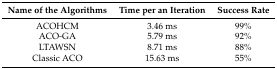
<table><thead><tr><td><b>Name of the Algorithms</b></td><td><b>Time per an Iteration</b></td><td><b>Success Rate</b></td></tr></thead><tbody><tr><td>ACOHCM</td><td>3.46 ms</td><td>99%</td></tr><tr><td>ACO-GA</td><td>5.79 ms</td><td>92%</td></tr><tr><td>LTAWSN</td><td>8.71 ms</td><td>88%</td></tr><tr><td>Classic ACO</td><td>15.63 ms</td><td>55%</td></tr></tbody></table>